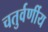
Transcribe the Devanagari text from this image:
चतुर्वर्णीय